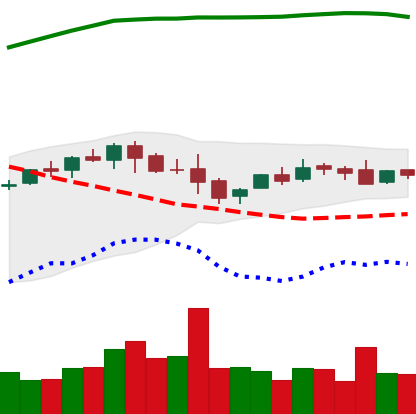
Ticker: LTC-USD
Chart end date: 2015-10-27
Forward return: 27.944%
Label: up_7plus